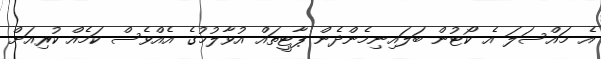
އެ މައްސަލަ އެ ކޯޓުން ބަލައިނިމެންދެން ޕާޓީތައް އުވާލުމުގެ އެއްވެސް ކަމެއް ކުރިއަށް